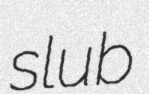
slub